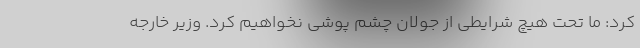
کرد: ما تحت هیچ شرایطی از جولان چشم پوشی نخواهیم کرد. وزیر خارجه